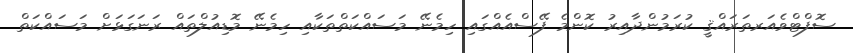
ސޮފްޓްވެއަރތަރައްޤީ ކުރަމުންދާއިރު ކޮންމެ ފޭސްއެއްގައި ހިމެނޭ މަސައްކަތްތަކާއި ހިމެނޭ މޮޑިއުލްތައް ރަނަގަޅަށް މަސައްކަތް